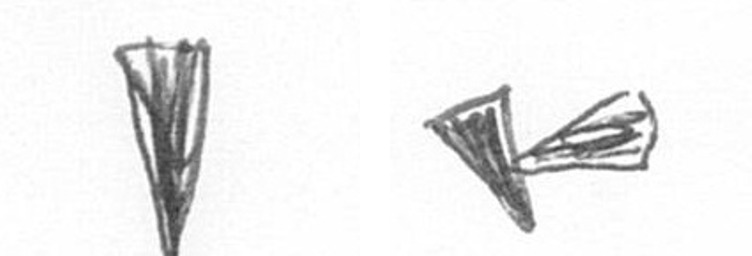
J F